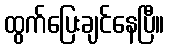
ထွက်ပြေးချင်နေပြီ။